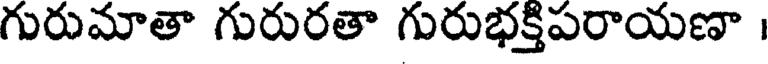
గురుమాతా గురురతా గురుభక్తిపరాయణా